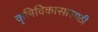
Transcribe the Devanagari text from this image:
कॄषिविकासासाठी